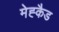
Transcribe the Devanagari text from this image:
मेह्कैड